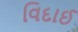
વિદાઈ